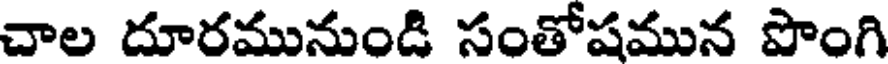
చాల దూరమునుండి సంతోషమున పొంగి